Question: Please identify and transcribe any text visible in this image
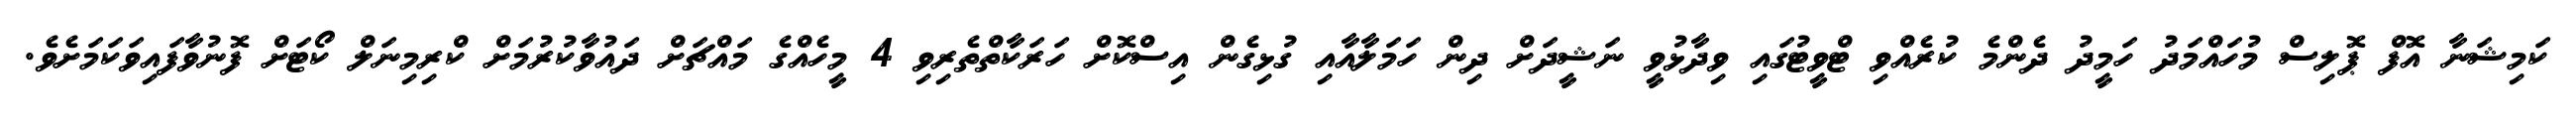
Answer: ކަމިޝަނާ އޮފް ޕޮލިސް މުހައްމަދު ހަމީދު ދެންމެ ކުރެއްވި ޓްވީޓުގައި ވިދާޅުވީ ނަޝީދަށް ދިން ހަމަލާއާއި ގުޅިގެން އިސްކޮށް ހަރަކާތްތެރިވި 4 މީހެއްގެ މައްޗަށް ދައުވާކުރުމަށް ކްރިމިނަލް ކޯޓަށް ފޮނުވާފައިވަކަމަށެވެ.